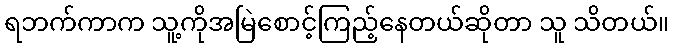
ရဘက်ကာက သူ့ကိုအမြဲစောင့်ကြည့်နေတယ်ဆိုတာ သူ သိတယ်။